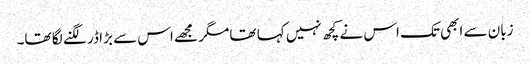
زبان سے ابھی تک اس نے کچھ نہیں کہا تھا مگر مجھے اس سے بڑا ڈر لگنے لگا تھا۔